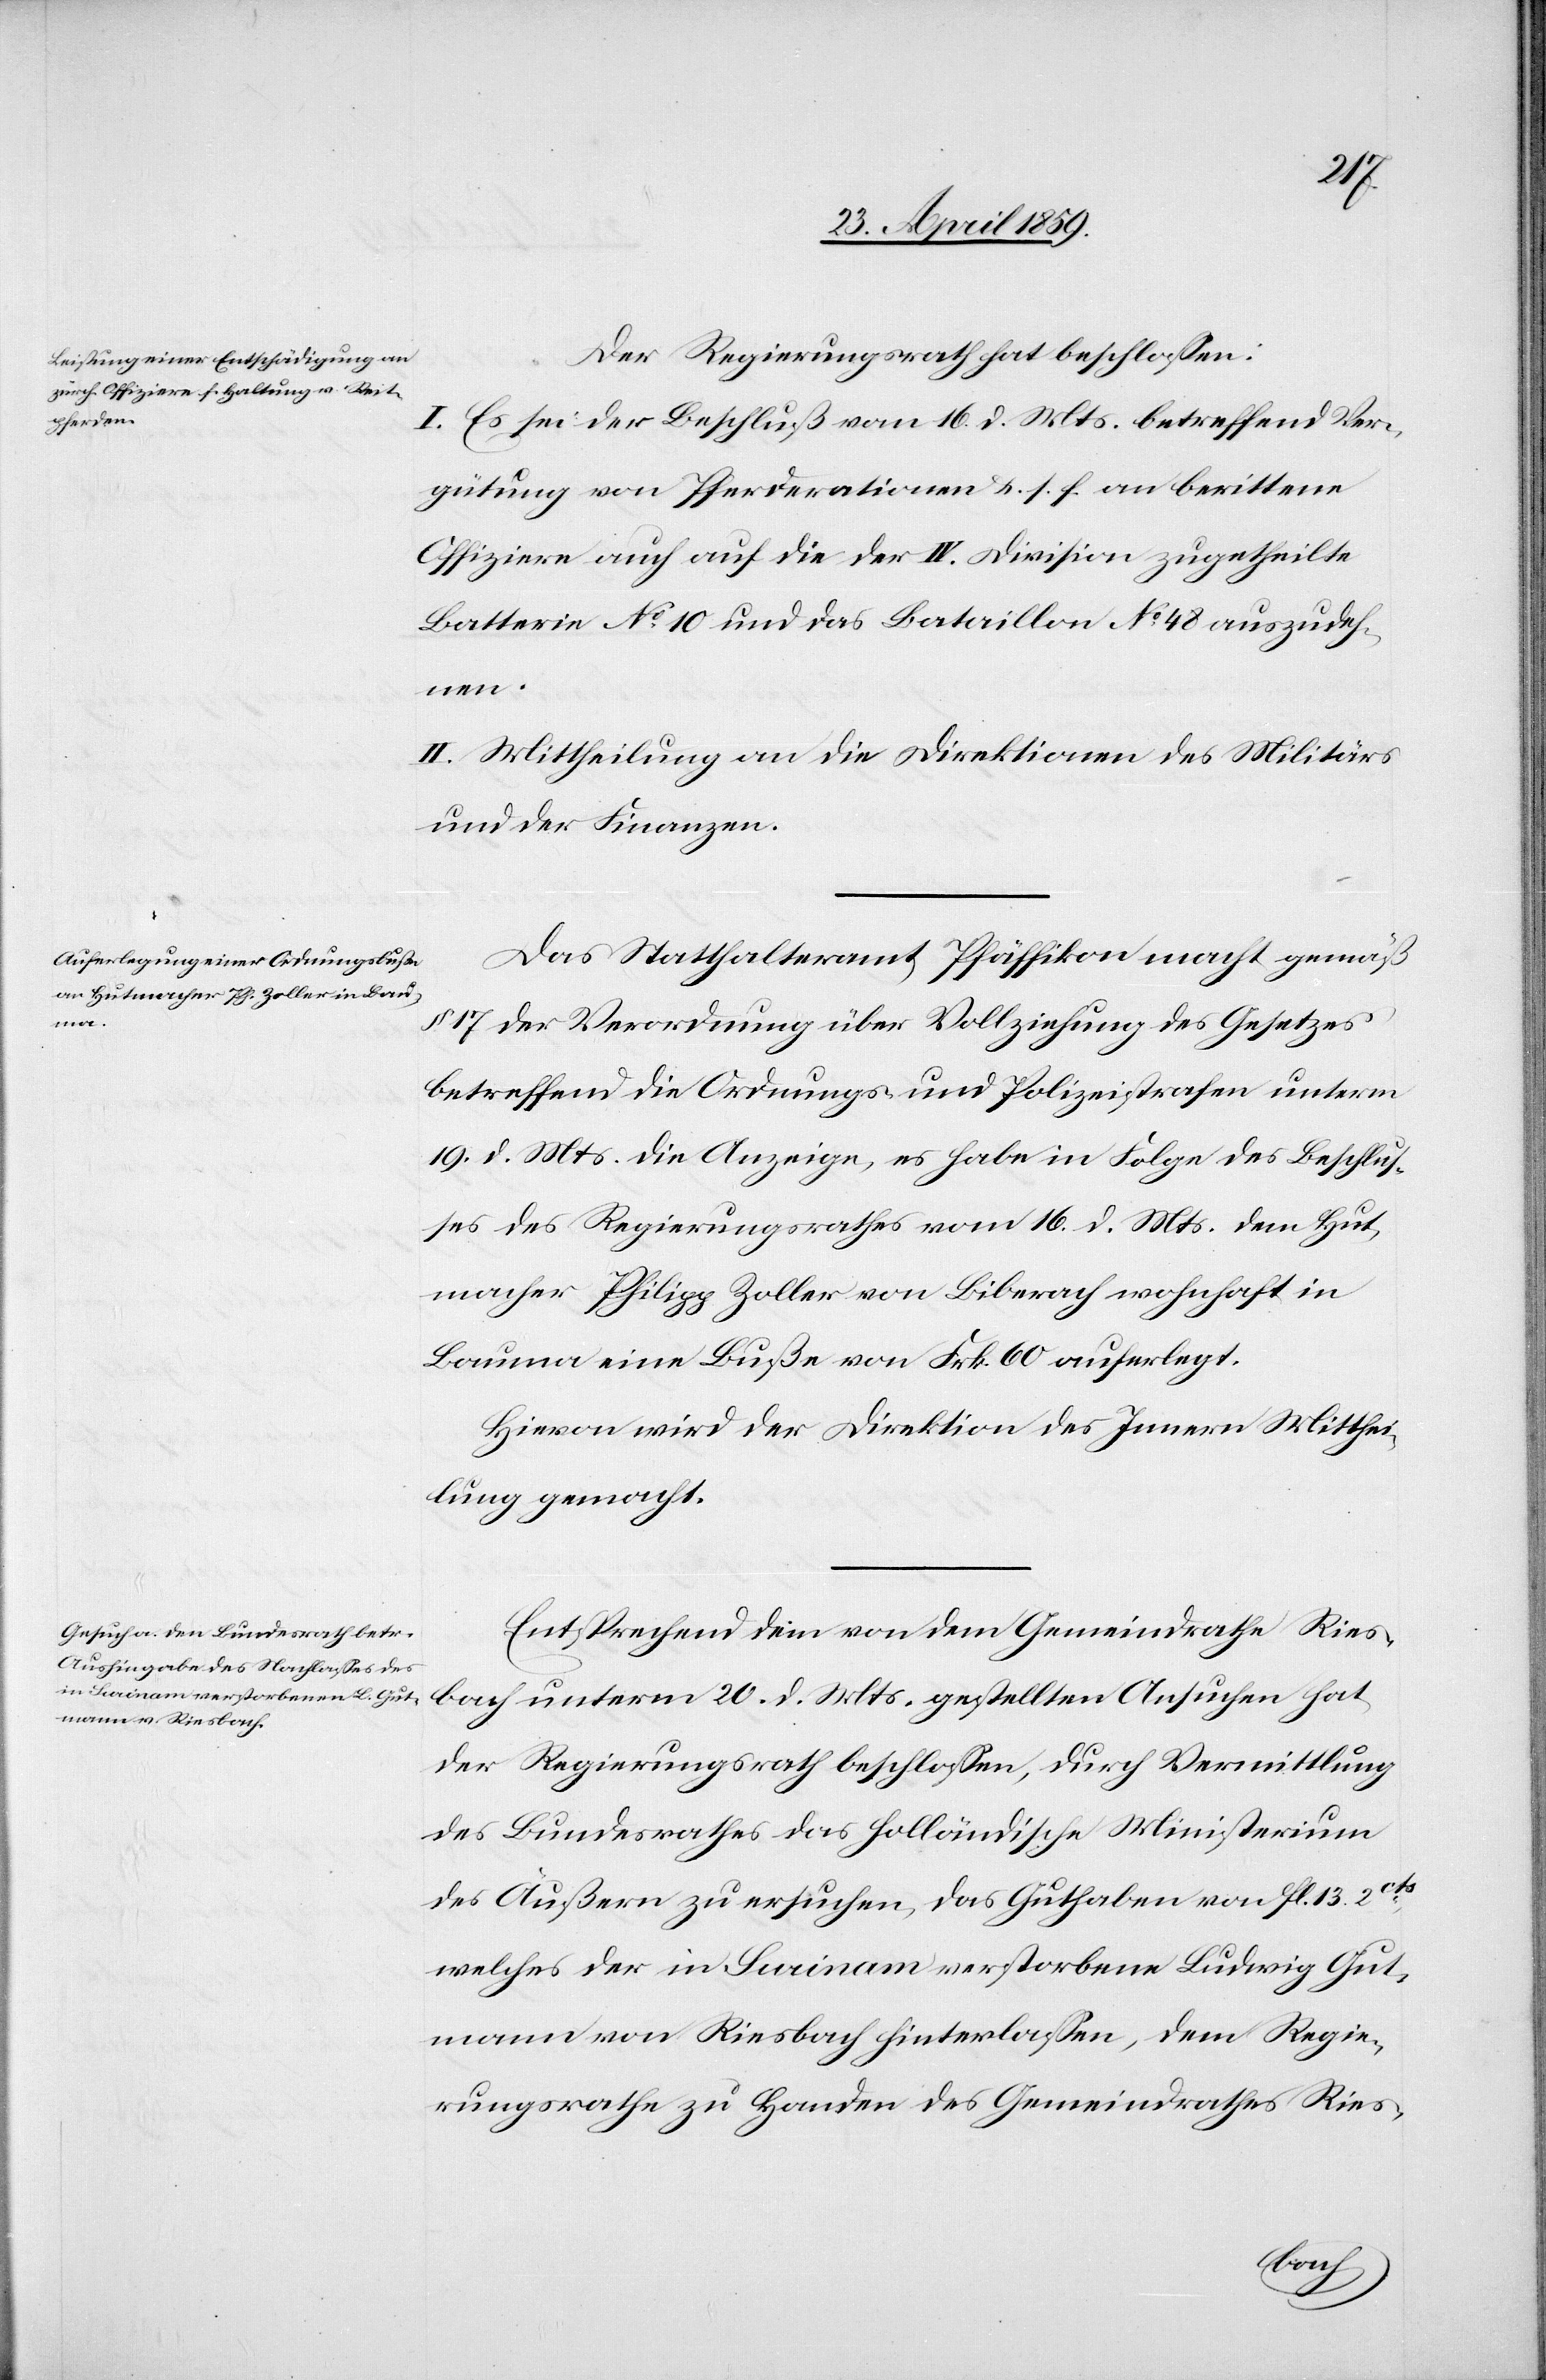
Der Regierungsrath hat beschloßen:
I. Es sei der Beschluß vom 16. d. Mts. betreffend Ver¬
gütung von Pferderationen u. s. f. an berittene
Offiziere auch auf die der IV. Division zugetheilte
Batterie No 10 und das Bataillon No 48 auszudeh¬
nen.
II. Mittheilung an die Direktion des Militärs
und der Finanzen.
Das Statthalteramt Pfäffikon macht gemäß
17 der Verordnung über Vollziehung des Gesetzes
betreffend die Ordnungen und Polizeistrafen unterm
19. d. Mts. die Anzeige, es habe in Folge des Beschluß¬
es des Regierungsrathes vom 16. d. Mts. dem Hut¬
macher Philipp Zoller von Biberach wohnhaft in
Bauma eine Buße von Frk. 600 auferlegt.
Hievon wird der Direktion des Innern Mitthei¬
lung gemacht.
Entsprechend dem von dem Gemeindrathe Ries¬
bach unterm 20. d. Mts. gestellten Ansuchen hat
der Regierungsrath beschloßen, durch Vermittlung
des Bundesrathes das holländische Ministerium
des Äußern zu ersuchen, das Guthaben von fl. 13. 2cts,
welches der in Surinam verstorbene Ludwig Gut¬
mann von Riesbach hinterlaßen, dem Regie¬
rungsrathe zu Handen des Gemeindrathes Ries-